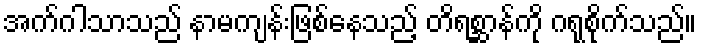
အက်ဂါသာသည် နာမကျန်းဖြစ်နေသည့် တိရစ္ဆာန်ကို ဂရုစိုက်သည်။